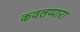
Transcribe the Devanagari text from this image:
कवलप्पारा